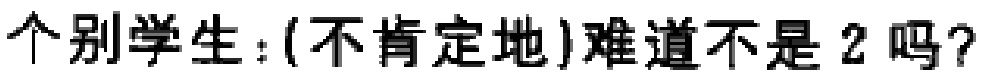
个别学生：(不肯定地)难道不是 2 吗?